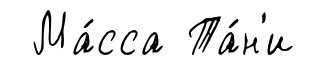
Ма́сса Та́н'и